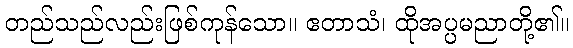
တည်သည်လည်းဖြစ်ကုန်သော။ ဧတာသံ၊ ထိုအပ္ပမညာတို့၏။